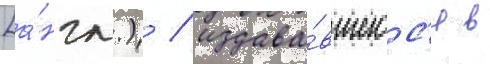
[а́нгл.) / издава́вшегос'я в